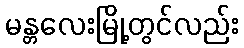
မန္တလေးမြို့တွင်လည်း